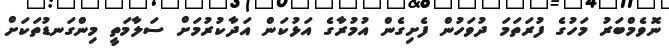
ނޮވެމްބަރު މަހުގެ ފުރަތަމަ ދުވަހުން ފެށިގެން އުމުރާގެ އަޅުކަން އަދާކުރުމަށް ސަލާމަތީ މިންގަނޑުތަކަށް